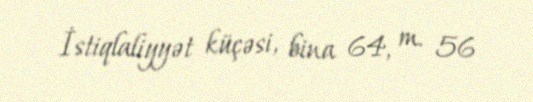
İstiqlaliyyət küçəsi, bina 64, m. 56